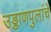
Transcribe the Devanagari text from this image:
उड्डाणपुलांचे